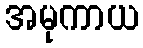
အမုကာယ